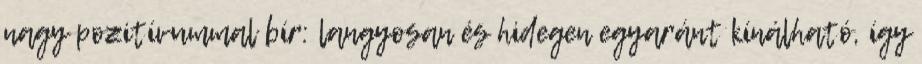
nagy pozitívummal bír: langyosan és hidegen egyaránt kínálható, így